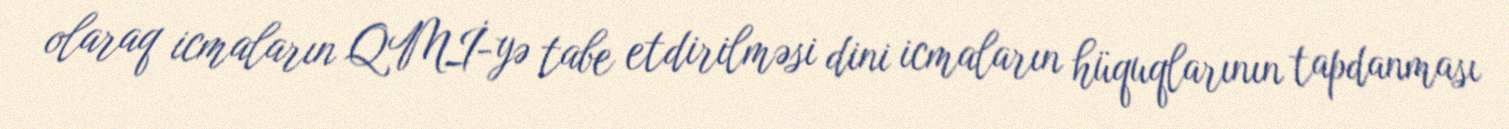
olaraq icmaların QMİ-yə tabe etdirilməsi dini icmaların hüquqlarının tapdanması